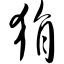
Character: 狷